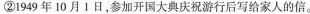
②1949年10月1日，参加开国大典庆祝游行后写给家人的信。